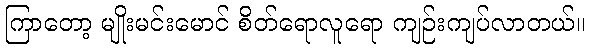
ကြာတော့ မျိုးမင်းမောင် စိတ်ရောလူရော ကျဉ်းကျပ်လာတယ်။